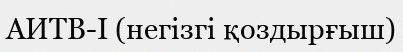
АИТВ-І (негізгі қоздырғыш)